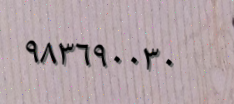
٩٨٣٦٩٠٠٣٠